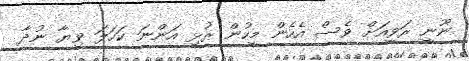
ނޫނީ ރަވީއަށް ވެސް އެހެން މީހުން ރުޅި އަންނަ ކަހަލަ ވިޔާ ނުދާ